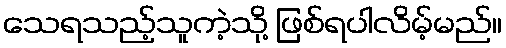
သေရသည့်သူကဲ့သို့ ဖြစ်ရပါလိမ့်မည်။